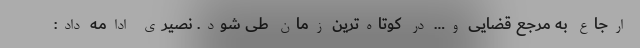
ارجاع به مرجع قضایی و… در کوتاه‌ترین زمان طی شود. نصیری ادامه داد: